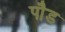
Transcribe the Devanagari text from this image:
पाैड